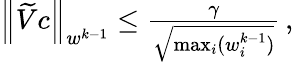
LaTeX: \begin{array}{r}{\left\lVert\widetilde{V}c\right\rVert_{w^{k-1}}\leq\frac{\gamma}{\sqrt{\operatorname*{max}_{i}(w_{i}^{k-1})}}\, ,}\end{array}